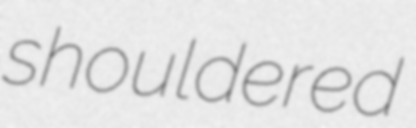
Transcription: shouldered